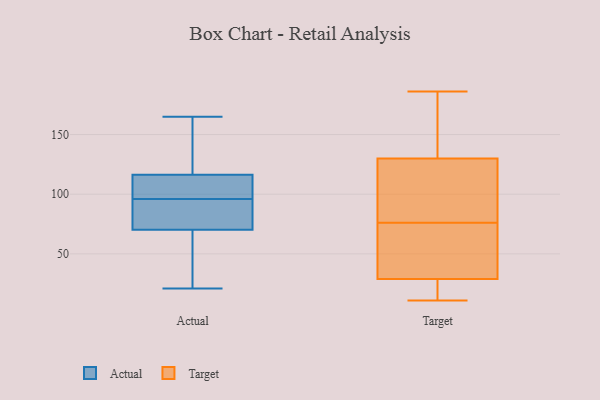
{"axis": {"x": "Market Share (%)", "y": "Value"}, "legend": ["Actual", "Target"], "data": [{"x": "", "y": 63, "type": "Actual"}, {"x": "", "y": 53, "type": "Actual"}, {"x": "", "y": 129, "type": "Actual"}, {"x": "", "y": 96, "type": "Actual"}, {"x": "", "y": 104, "type": "Actual"}, {"x": "", "y": 71, "type": "Actual"}, {"x": "", "y": 128, "type": "Actual"}, {"x": "", "y": 165, "type": "Actual"}, {"x": "", "y": 87, "type": "Actual"}, {"x": "", "y": 80, "type": "Actual"}, {"x": "", "y": 108, "type": "Actual"}, {"x": "", "y": 85, "type": "Actual"}, {"x": "", "y": 67, "type": "Actual"}, {"x": "", "y": 70, "type": "Actual"}, {"x": "", "y": 108, "type": "Actual"}, {"x": "", "y": 107, "type": "Actual"}, {"x": "", "y": 119, "type": "Actual"}, {"x": "", "y": 158, "type": "Actual"}, {"x": "", "y": 21, "type": "Actual"}, {"x": "", "y": 50, "type": "Target"}, {"x": "", "y": 186, "type": "Target"}, {"x": "", "y": 90, "type": "Target"}, {"x": "", "y": 58, "type": "Target"}, {"x": "", "y": 11, "type": "Target"}, {"x": "", "y": 23, "type": "Target"}, {"x": "", "y": 130, "type": "Target"}, {"x": "", "y": 19, "type": "Target"}, {"x": "", "y": 182, "type": "Target"}, {"x": "", "y": 50, "type": "Target"}, {"x": "", "y": 26, "type": "Target"}, {"x": "", "y": 144, "type": "Target"}, {"x": "", "y": 29, "type": "Target"}, {"x": "", "y": 81, "type": "Target"}, {"x": "", "y": 121, "type": "Target"}, {"x": "", "y": 153, "type": "Target"}, {"x": "", "y": 102, "type": "Target"}, {"x": "", "y": 71, "type": "Target"}]}